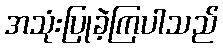
အသုံးပြုခဲ့ကြပါသည်